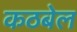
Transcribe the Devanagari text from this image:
कठबेल